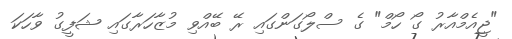
"ޖީއެމްއާރު ގޯ ހޯމް" ގެ ސްލޯގަންގައި ރޭ ބޭއްވި މުޒާހަރާގައި ޝަފީގު ވާހަކަ